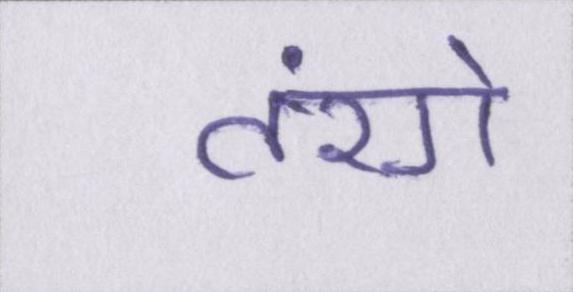
तरंगे